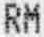
RM